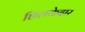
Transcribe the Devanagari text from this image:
छिलकेदार